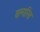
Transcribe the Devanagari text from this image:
वल्गरिस